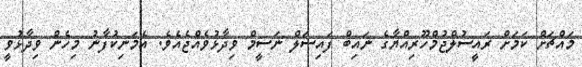
މައްޗަށް ކަމަށް ރައީސުލްޖުމްހޫރިއްޔާގެ ނައިބް ފައިސަލް ނަސީމް ވިދާޅުވެއްޖެއެވެ. އެމަނިކުފާނު މިހެން ވިދާޅުވީ